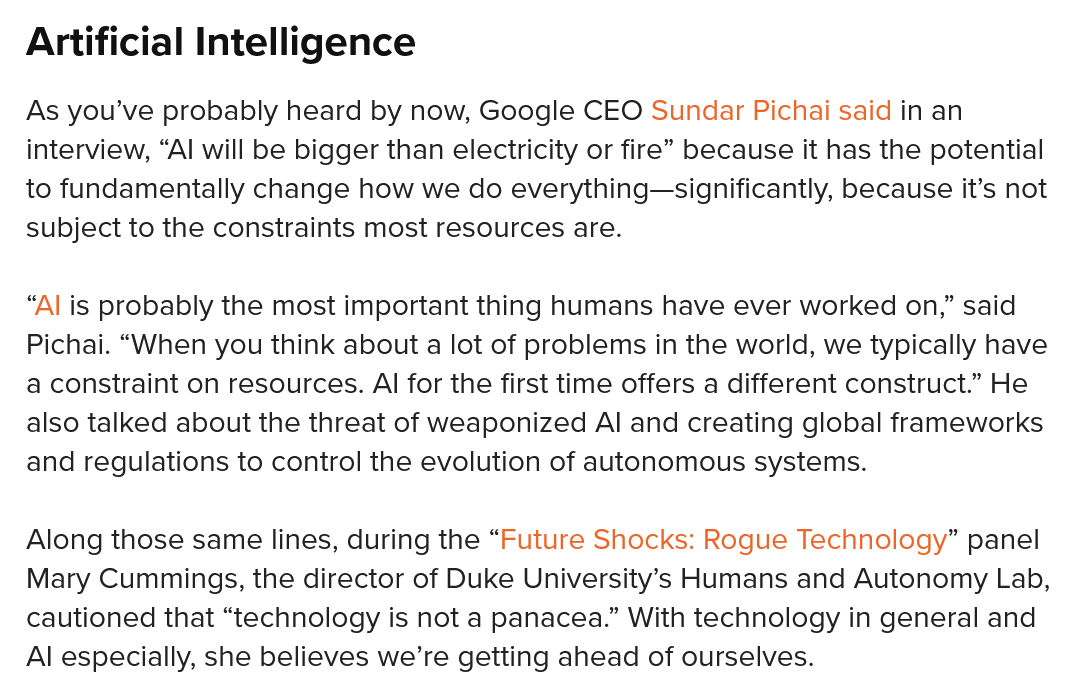
Artificial  Intelligence
  As you’ve probably heard by now, Google CEO Sundar Pichai said in an
  interview, “Al will be bigger than electricity or fire” because it has the potential
  to fundamentally change how we do everything—significantly, because it’s not
  subject to the constraints most resources are.
  “Al is probably the most important thing humans have ever worked on,” said
  Pichai. “When you think about a lot of problems in the world, we typically have
  a constraint on resources. Al for the first time offers a different construct.” He
  also talked about the threat of weaponized Al and creating global frameworks
  and regulations to control the evolution of autonomous systems.
  Along those same lines, during the “Future Shocks: Rogue Technology” panel
  Mary  Cummings, the director of Duke University’s Humans and Autonomy Lab,
  cautioned that “technology is not a panacea.” With technology in general and
  Al especially, she believes we’re getting ahead of ourselves.